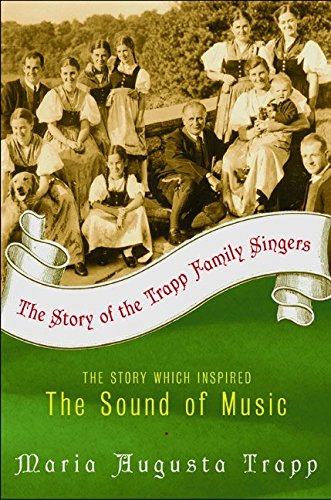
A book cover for The Story of the Trapp Family Singers; Maria Augusta Trapp; Biographies & Memoirs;